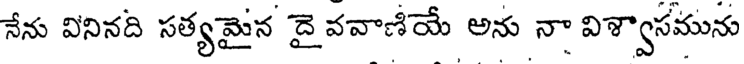
నేను వినినది సత్యమైన దై వవాణియే అను నా విశ్వాసమును